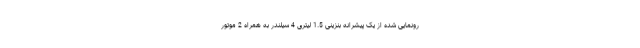
رونمایی شده از یک پیشرانه بنزینی 1.5 لیتری 4 سیلندر به همراه 2 موتور